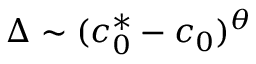
\Delta \sim ( c _ { 0 } ^ { * } - c _ { 0 } ) ^ { \theta }